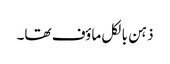
ذہن بالکل ماؤف تھا۔